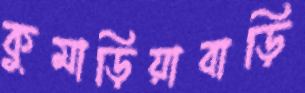
কুমাড়িয়াবাড়ি